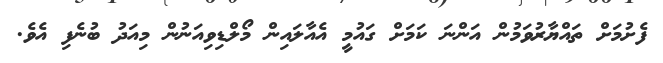
ފެށުމަށް ތައްޔާރުވަމުން އަންނަ ކަމަށް ގައުމީ އެއާލައިން މޯލްޑިވިއަނުން މިއަދު ބުނެފި އެވެ.